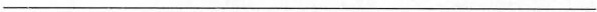
___